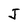
Character: J